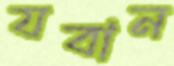
যবান